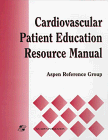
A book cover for Cardiovascular Patient Education Resource Manual; Aspen Reference Group (Aspen Publishers); Medical Books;